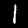
Digit: 1